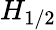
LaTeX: H_{1/2}